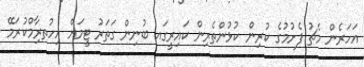
އަަހަރެން މެޗު ފެށުމުގެ ކުރިން ކުޅުންތެރިން ކައިރީގައ ބުނިން ގަތަރު ޓީމަށް އިހުތރިާމްކުރަމޭ